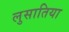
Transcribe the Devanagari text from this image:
लुसातिया